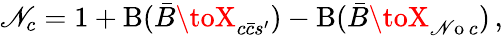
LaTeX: \mathscr{N}_{c}=1+\mathrm{{B}}(\bar{{B}}\toX_{c\bar{{c}}s^{\prime}})-\mathrm{{B}}(\bar{{B}}\toX_{\mathrm{{\mathscr{N}o}}\, c})\, ,